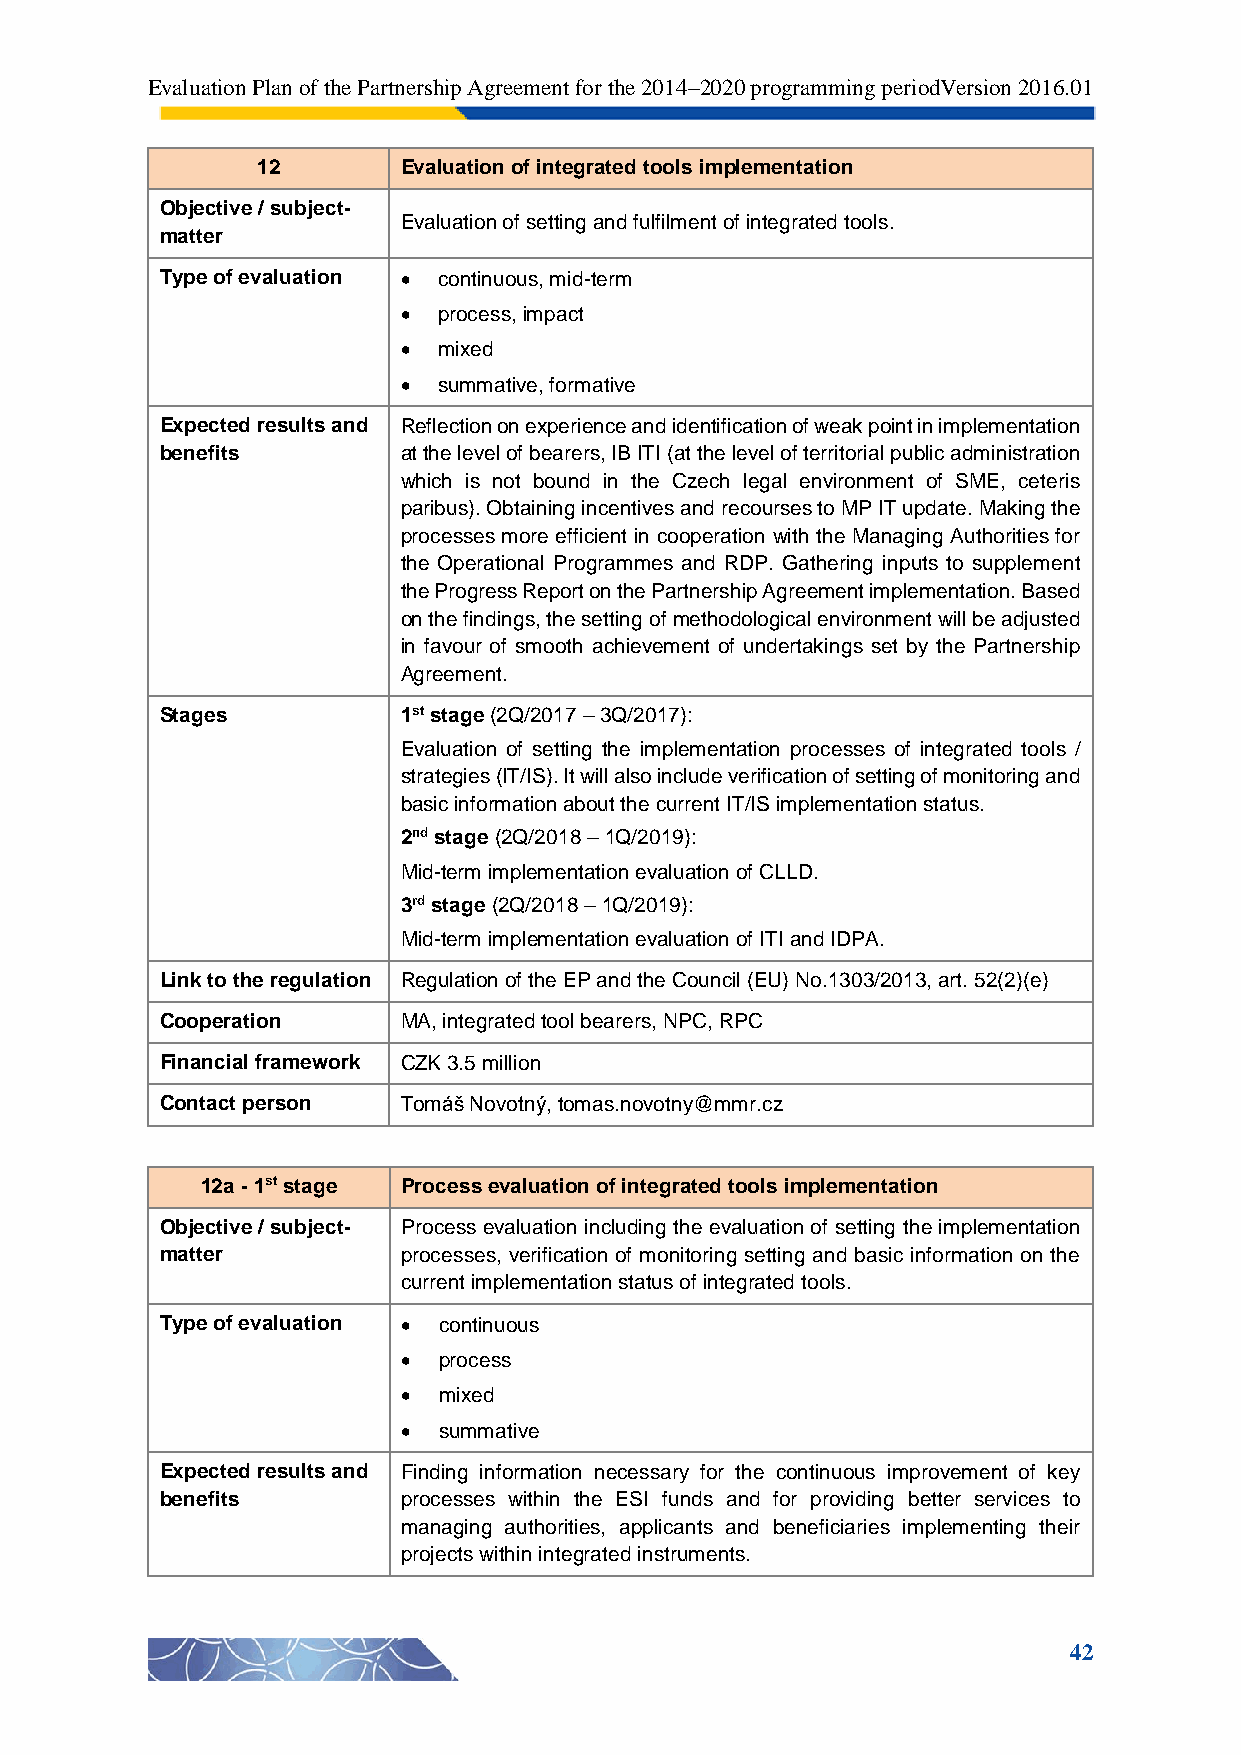
Evaluation Plan of the Partnership Agreement for the 2014–2020 programming periodVersion 2016.01
 12        Evaluation of integrated tools implementation
 Objective / subject-
 Evaluation of setting and fulfilment of integrated tools.
 matter
 Type of evaluation  continuous, mid-term
  process, impact
  mixed
  summative, formative
 Expected results and Reflection on experience and identification of weak point in implementation
 benefits        at the level of bearers, IB ITI (at the level of territorial public administration
 which is not bound in the Czech legal environment of SME, ceteris
 paribus). Obtaining incentives and recourses to MP IT update. Making the
 processes more efficient in cooperation with the Managing Authorities for
 the Operational Programmes and RDP. Gathering inputs to supplement
 the Progress Report on the Partnership Agreement implementation. Based
 on the findings, the setting of methodological environment will be adjusted
 in favour of smooth achievement of undertakings set by the Partnership
 Agreement.
 Stages          1st stage (2Q/2017 – 3Q/2017):
 Evaluation of setting the implementation processes of integrated tools /
 strategies (IT/IS). It will also include verification of setting of monitoring and
 basic information about the current IT/IS implementation status.
 2nd stage (2Q/2018 – 1Q/2019):
 Mid-term implementation evaluation of CLLD.
 3rd stage (2Q/2018 – 1Q/2019):
 Mid-term implementation evaluation of ITI and IDPA.
 Link to the regulation Regulation of the EP and the Council (EU) No.1303/2013, art. 52(2)(e)
 Cooperation     MA, integrated tool bearers, NPC, RPC
 Financial framework CZK 3.5 million
 Contact person  Tomáš Novotný, tomas.novotny@mmr.cz
 12a - 1st stage Process evaluation of integrated tools implementation
 Objective / subject- Process evaluation including the evaluation of setting the implementation
 matter          processes, verification of monitoring setting and basic information on the
 current implementation status of integrated tools.
 Type of evaluation  continuous
  process
  mixed
  summative
 Expected results and Finding information necessary for the continuous improvement of key
 benefits        processes within the ESI funds and for providing better services to
 managing authorities, applicants and beneficiaries implementing their
 projects within integrated instruments.
 42